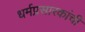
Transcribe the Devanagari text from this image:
धर्मप्रसारकांची